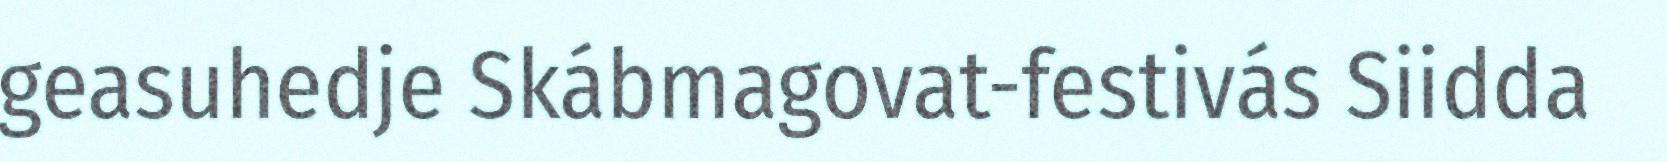
geasuhedje Skábmagovat-festivás Siidda